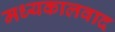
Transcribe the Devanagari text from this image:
मध्यकालवाद